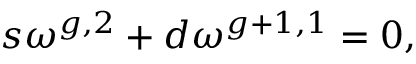
s \omega ^ { g , 2 } + d \omega ^ { g + 1 , 1 } = 0 ,